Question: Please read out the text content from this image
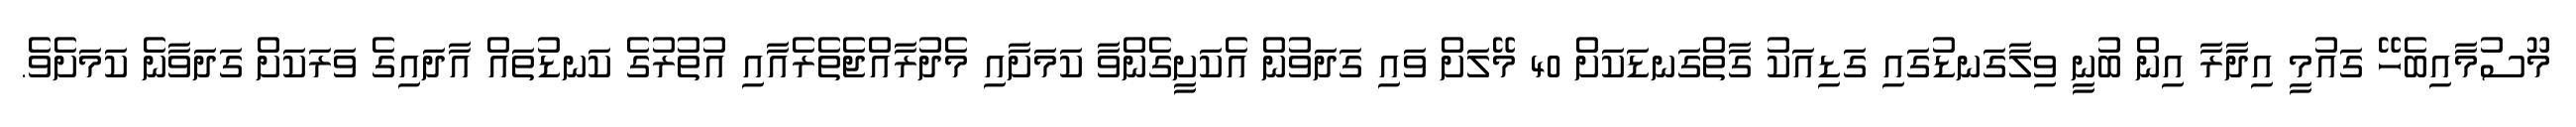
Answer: މޫސުމާއިބެހޭ ގައުމީ އިދާރާ އިން ބުނީ ވިލާގަނޑުގައި ގަޑިއަކު ގާތްގަނޑަކަށް 40 މޭލަށް ވައި ގަދަވުން އެކަށީގެންވާ ކަމަށާއި މެދުރާއްޖެތެރެއާއި އުތުރުގެ ކަނޑުތައް އާދައިގެ ވަރަކަށް ގަދަވާނެ ކަމަށެވެ.